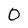
Character: 0